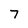
Character: 7